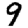
Digit: 9